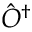
{ \hat { O } } ^ { \dagger }